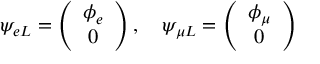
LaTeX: \psi _ { e L } = \left( \begin{array} { c } { { \phi _ { e } } } \\ { { 0 } } \end{array} \right) , \ \ \ \psi _ { \mu L } = \left( \begin{array} { c } { { \phi _ { \mu } } } \\ { { 0 } } \end{array} \right)